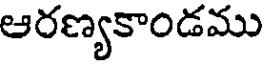
ఆరణ్యకాండము